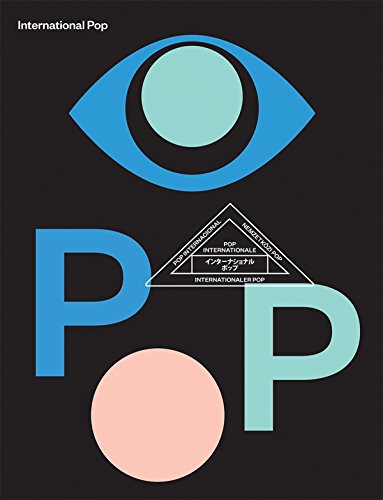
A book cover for International Pop; Darsie Alexander; Arts & Photography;